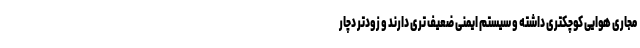
مجاری هوایی کوچکتری داشته و سیستم ایمنی ضعیف تری دارند و زودتر دچار